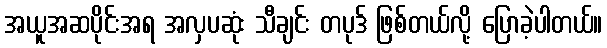
အယူအဆပိုင်းအရ အလှပဆုံး သီချင်း တပုဒ် ဖြစ်တယ်လို့ ပြောခဲ့ပါတယ်။